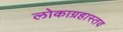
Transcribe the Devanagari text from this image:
लोकाग्रहास्तव